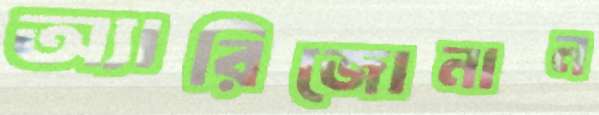
অ্যারিজোনান